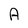
Character: A